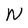
Character: N